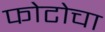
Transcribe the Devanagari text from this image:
फोटोचा